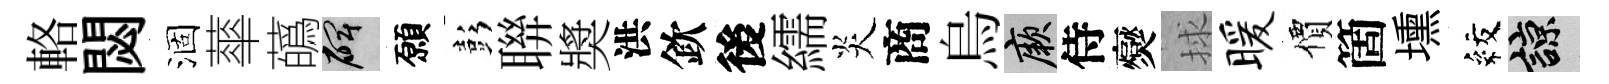
輅閟涸蕐蘤碑願彭聨奬洪欽後繻炎商烏厥侍爕捄暖價箇壎紋諒